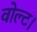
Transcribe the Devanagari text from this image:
वोल्ट।